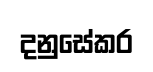
දනුසේකර